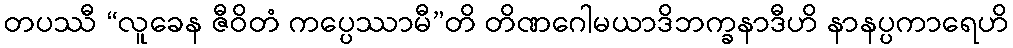
တပဿီ “လူခေန ဇီဝိတံ ကပ္ပေဿာမီ”တိ တိဏဂေါမယာဒိဘက္ခနာဒီဟိ နာနပ္ပကာရေဟိ